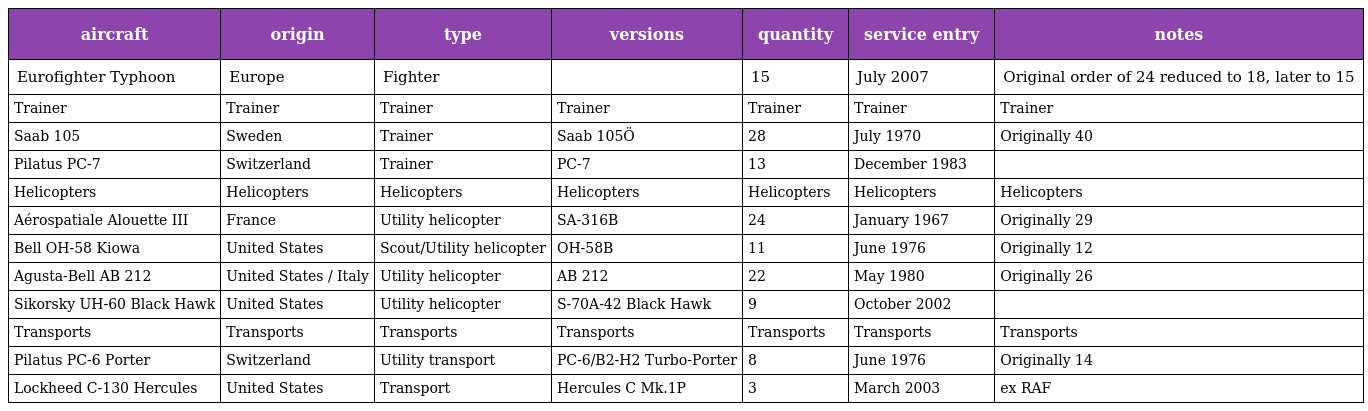
| aircraft | origin | type | versions | quantity | service entry | notes |
 | --- | --- | --- | --- | --- | --- | --- |
 | Eurofighter Typhoon | Europe | Fighter |  | 15 | July 2007 | Original order of 24 reduced to 18, later to 15 |
 | Trainer | Trainer | Trainer | Trainer | Trainer | Trainer | Trainer |
 | Saab 105 | Sweden | Trainer | Saab 105Ö | 28 | July 1970 | Originally 40 |
 | Pilatus PC-7 | Switzerland | Trainer | PC-7 | 13 | December 1983 |  |
 | Helicopters | Helicopters | Helicopters | Helicopters | Helicopters | Helicopters | Helicopters |
 | Aérospatiale Alouette III | France | Utility helicopter | SA-316B | 24 | January 1967 | Originally 29 |
 | Bell OH-58 Kiowa | United States | Scout/Utility helicopter | OH-58B | 11 | June 1976 | Originally 12 |
 | Agusta-Bell AB 212 | United States / Italy | Utility helicopter | AB 212 | 22 | May 1980 | Originally 26 |
 | Sikorsky UH-60 Black Hawk | United States | Utility helicopter | S-70A-42 Black Hawk | 9 | October 2002 |  |
 | Transports | Transports | Transports | Transports | Transports | Transports | Transports |
 | Pilatus PC-6 Porter | Switzerland | Utility transport | PC-6/B2-H2 Turbo-Porter | 8 | June 1976 | Originally 14 |
 | Lockheed C-130 Hercules | United States | Transport | Hercules C Mk.1P | 3 | March 2003 | ex RAF |